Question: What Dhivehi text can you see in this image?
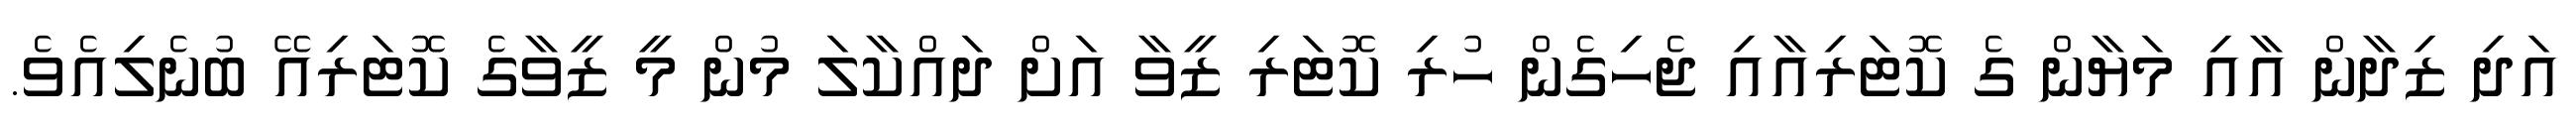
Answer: އަދި ޒިދާން އާއި މަޔާން ގެ ކޮޓަރިއާއި ޖެހިގެން ހުރި ކޮޓަރި ޒީވާ އަށް ދައްކާލަ މުން މީ ޒީވާގެ ކޮޓަރިއޭ ބުނެލިއެވެ.